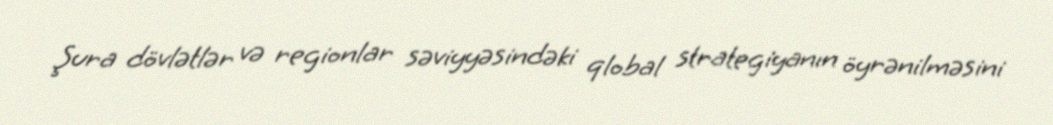
Şura dövlətlər və regionlar səviyyəsindəki qlobal strategiyanın öyrənilməsini